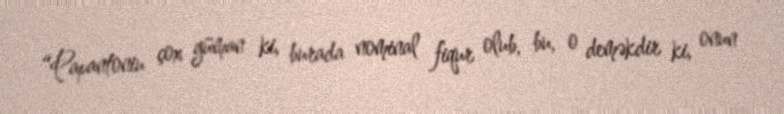
“Papantoniu çox güman ki, burada nominal fiqur olub, bu, o deməkdir ki, onun